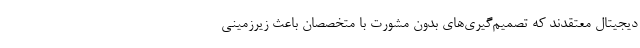
دیجیتال معتقدند که تصمیم‌گیری‌های بدون مشورت با متخصصان باعث زیرزمینی